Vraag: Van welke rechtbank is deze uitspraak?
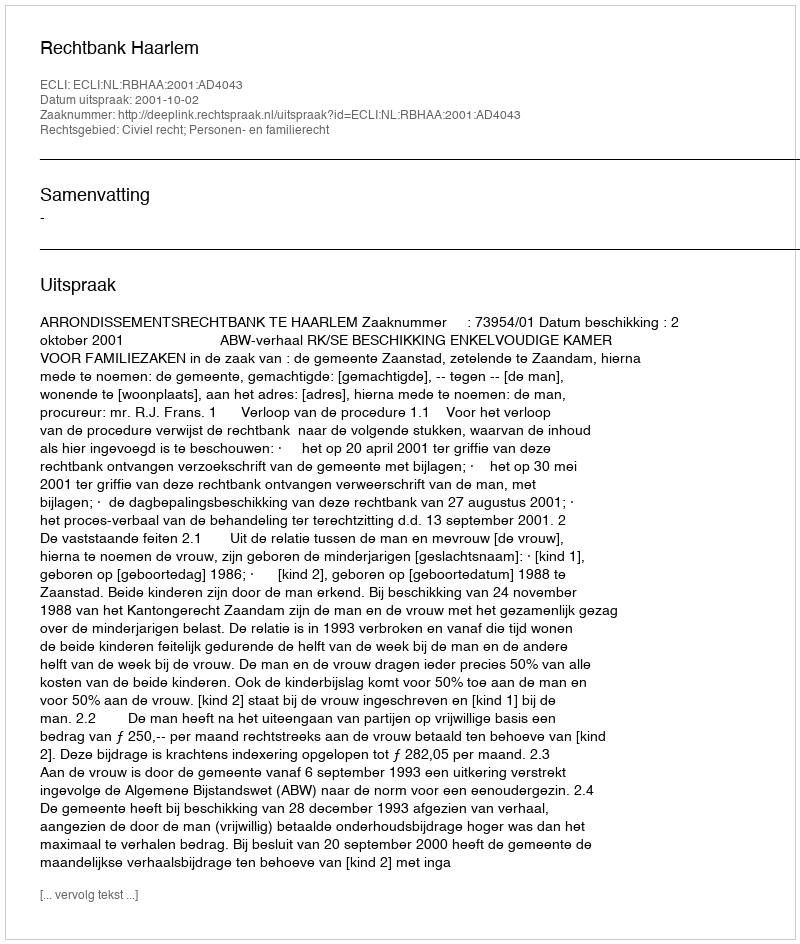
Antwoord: Rechtbank Haarlem